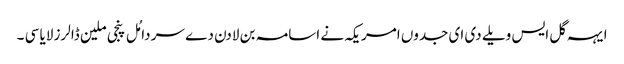
ایہہ گل ایس ویلے دی ای جدوں امریکہ نے اسامہ بن لادن دے سر دامُل پنجی ملین ڈالرز لایا سی ۔